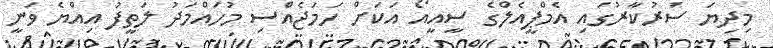
މިދިޔަ ސަރުކާރުގައި އެމްޕީއެލްގެ ސީއީއޯ އަކަށް ހަމަޖެއްސި މުހައްމަދު ލަތީފު އިއްޔެ ވަނީ